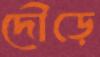
দৌড়ে